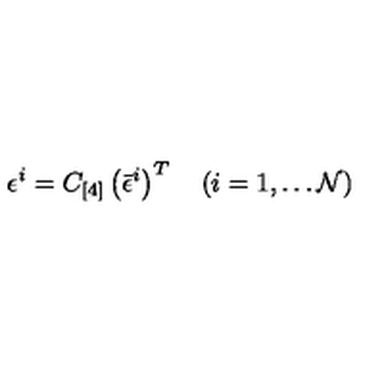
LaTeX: \epsilon ^ { i } = C _ { [ 4 ] } \left( { \bar { \epsilon } } ^ { i } \right) ^ { T } \quad ( i = 1 , \dots { \cal N } )